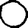
Digit: 0